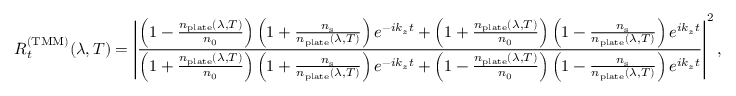
R _ { t } ^ { \mathrm { ( T M M ) } } ( \lambda , T ) = \left| \frac { \left( 1 - \frac { n _ { \mathrm { p l a t e } } ( \lambda , T ) } { n _ { 0 } } \right) \left( 1 + \frac { n _ { \mathrm { s } } } { n _ { \mathrm { p l a t e } } ( \lambda , T ) } \right) e ^ { - i k _ { z } t } + \left( 1 + \frac { n _ { \mathrm { p l a t e } } ( \lambda , T ) } { n _ { 0 } } \right) \left( 1 - \frac { n _ { \mathrm { s } } } { n _ { \mathrm { p l a t e } } ( \lambda , T ) } \right) e ^ { i k _ { z } t } } { \left( 1 + \frac { n _ { \mathrm { p l a t e } } ( \lambda , T ) } { n _ { 0 } } \right) \left( 1 + \frac { n _ { \mathrm { s } } } { n _ { \mathrm { p l a t e } } ( \lambda , T ) } \right) e ^ { - i k _ { z } t } + \left( 1 - \frac { n _ { \mathrm { p l a t e } } ( \lambda , T ) } { n _ { 0 } } \right) \left( 1 - \frac { n _ { \mathrm { s } } } { n _ { \mathrm { p l a t e } } ( \lambda , T ) } \right) e ^ { i k _ { z } t } } \right| ^ { 2 } ,